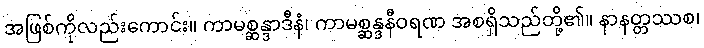
အဖြစ်ကိုလည်းကောင်း။ ကာမစ္ဆန္ဒာဒီနံ၊ ကာမစ္ဆန္ဒနီဝရဏ အစရှိသည်တို့၏။ နာနတ္တဿစ၊